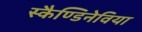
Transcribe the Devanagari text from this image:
स्कैण्डिनेविया